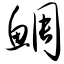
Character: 鲷